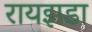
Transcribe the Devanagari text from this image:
रायझडा